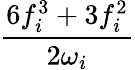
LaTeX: \frac{6f_{i}^{3}+3f_{i}^{2}}{2\omega_{i}}